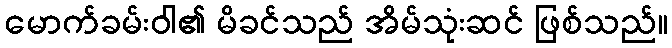
မောက်ခမ်းဝါ၏ မိခင်သည် အိမ်သုံးဆင် ဖြစ်သည်။